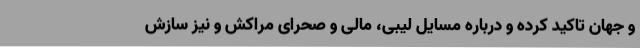
و جهان تاکید کرده و درباره مسایل لیبی، مالی و صحرای مراکش و نیز سازش